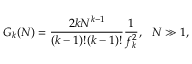
G _ { k } ( N ) = \frac { 2 k N ^ { k - 1 } } { ( k - 1 ) ! ( k - 1 ) ! } \frac { 1 } { f _ { k } ^ { 2 } } , ~ ~ N \gg 1 ,